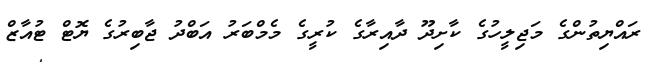
ރައްޔިތުންގެ މަޖިލީހުގެ ކާށިދޫ ދާއިރާގެ ކުރީގެ މެމްބަރު އަބްދު ޖާބިރުގެ ޔޮޓް ޓުއާޒް